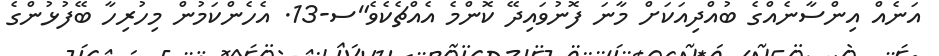
އަނެއް އިންސާނެއްގެ ބުއްދިއަކަށް މާނަ ފޮނުވައިދޭ ކޮންމެ އެއްޗެކެވެ"ސ-13. އެހެންކަމުން މިހުރިހާ ބޭފުޅުންގެ